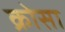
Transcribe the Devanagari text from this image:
क्रोसा